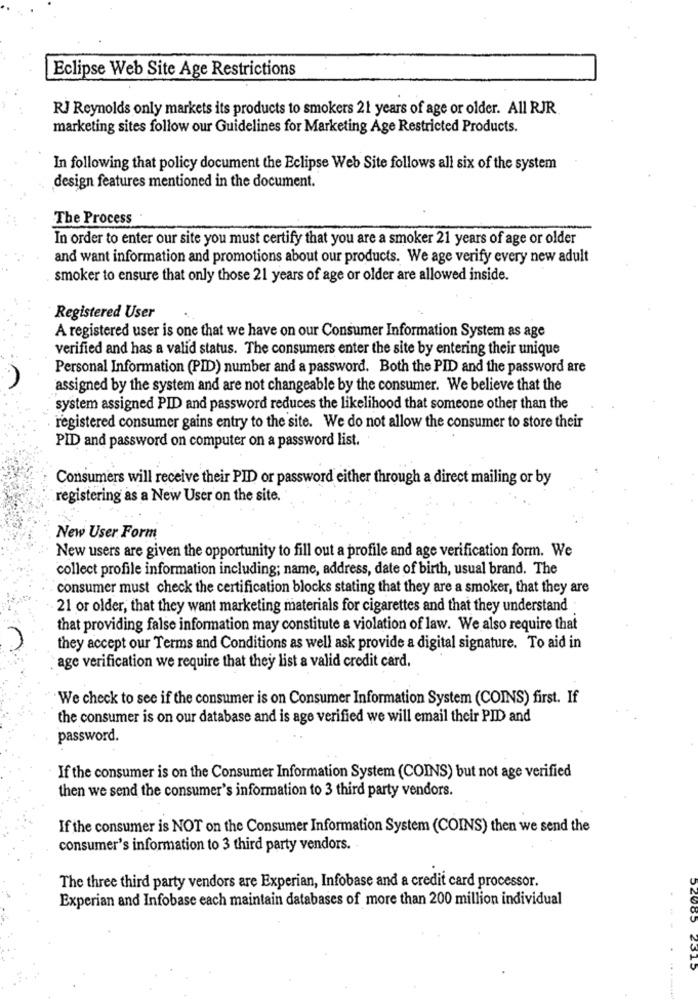
Eclipse Web Site Age Restrictions
RJ Reynolds only markets its products to smokers 21 years of age or older. All RJR
marketing sites follow our Guidelines for Marketing Age Restricted Products.
In following that policy document the Eclipse Web Site follows all six of the system
design features mentioned in the document.
The Process
In order to enter our site you must certify that you are a smoker 21 years of age or older
and want information and promotions about our products. We age verify every new adult
smoker to ensure that only those 21 years of age or older are allowed inside.
Registered User
A registered user is one that we have on our Consumer Information System as age
verified and has a valid status. The consumers enter the site by entering their unique
Personal Information (PID) number and a password. Both the PID and the password are
assigned by the system and are not changeable by the consumer. We believe that the
system assigned PID and password reduces the likelihood that someone other than the
registered consumer gains entry to the site. We do not allow the consumer to store their
PID and password on computer on a password list.
Consumers will receive their PID or password either through a direct mailing or by
registering as a New User on the site.
New User Form
New users are given the opportunity to fill out a profile and age verification form. We
collect profile information including; name, address, date of birth, usual brand. The
consumer must check the certification blocks stating that they are a smoker, that they are
21 or older, that they want marketing materials for cigarettes and that they understand
that providing false information may constitute a violation of law. We also require that
they accept our Terms and Conditions as well ask provide a digital signature. To aid in
age verification we require that they list a valid credit card.
We check to see if the consumer is on Consumer Information System (COINS) first. If
the consumer is on our database and is age verified we will email their PID and
password.
If the consumer is on the Consumer Information System (COINS) but not age verified
then we send the consumer's information to 3 third party vendors.
If the consumer is NOT on the Consumer Information System (COINS) then we send the
consumer's information to 3 third party vendors.
The three third party vendors are Experian, Infobase and a credit card processor.
Experian and Infobase each maintain databases of more than 200 million individual
52085 2315